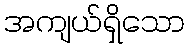
အကျယ်ရှိသော